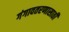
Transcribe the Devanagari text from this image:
गंगावतरणासाठी